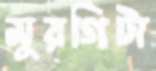
মুরগিটা